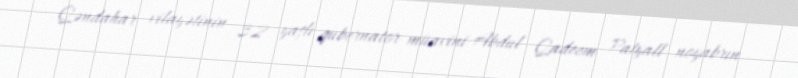
Qəndahar vilayətinin 32 yaşlı qubernator müavini Abdul Qadeem Patyall noyabrın